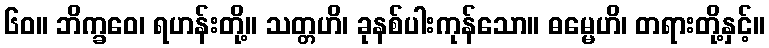
၆၀။ ဘိက္ခဝေ၊ ရဟန်းတို့။ သတ္တဟိ၊ ခုနစ်ပါးကုန်သော။ ဓမ္မေဟိ၊ တရားတို့နှင့်။